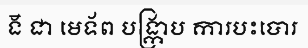
ង៑ ជា មេទ័ព បង្ក្រាប ការបះបោរ